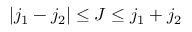
| j _ { 1 } - j _ { 2 } | \leq J \leq j _ { 1 } + j _ { 2 }